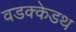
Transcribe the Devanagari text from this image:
वडक्केडथ